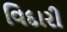
વિદારી